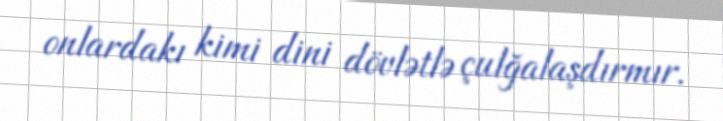
onlardakı kimi dini dövlətlə çulğalaşdırmır.